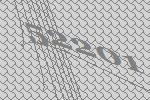
52201